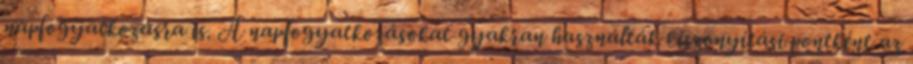
napfogyatkozásra is. A napfogyatkozásokat gyakran használták viszonyítási pontként az